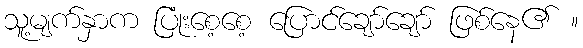
သူ့မျက်နှာက ပြုံးစေ့စေ့ ပြောင်ချော်ချော် ဖြစ်နေ၏ ။